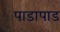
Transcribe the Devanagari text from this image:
पाडापाड